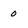
Character: 0